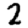
Digit: 2